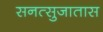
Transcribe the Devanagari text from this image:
सनत्सुजातास